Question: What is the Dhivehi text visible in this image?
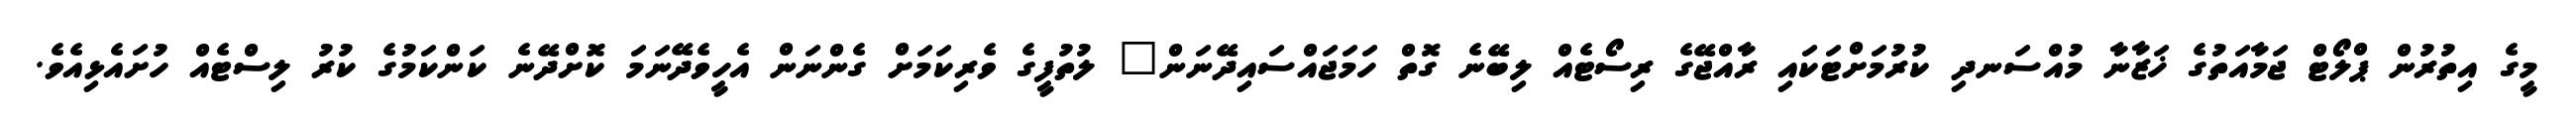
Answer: މީގެ އިތުރުން ޕްލޯޓް ޖަމާއަތުގެ ޚަޒާނާ މުއްސަނދި ކުރުމަށްޓަކައި ރާއްޖޭގެ ރިސޯޓެއް ލިބޭނެ ގޮތް ހަމަޖައްސައިދޭނަން" ލުތުފީގެ ވެރިކަމަށް ގެންނަން އެހީވެދޭނަމަ ކޮށްދޭނެ ކަންކަމުގެ ކުރު ލިސްޓެއް ހުށައެޅިއެވެ.